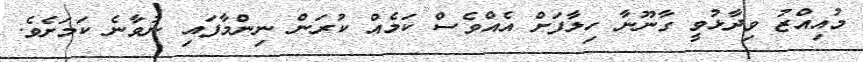
މުއިއްޒު ވިދާޅުވީ ގާނޫނާ ހިލާފަށް އެއްވެސް ކަމެއް ކުރަން ނިންމާފައި ނުވާނެ ކަމަށެވެ.